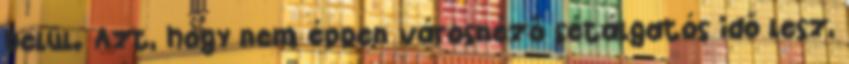
belül. Azt, hogy nem éppen városnéző sétálgatós idő lesz,